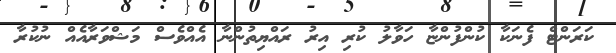
ކަރަންޓް ފެނަކާ ކުންފުންޏާ ހަވާލު ކުރި އިރު ރައްޔިތުންނާ އެއްވެސް މަޝްވަރާއެއް ނުކުރާ